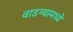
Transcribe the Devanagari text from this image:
वाडग्यामध्ये